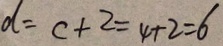
d = c + 2 = 4 + 2 = 6